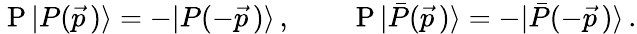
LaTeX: \mathrm{\mathbf~P}\, |P(\vec{p}\, )\rangle=-|P(-\vec{p}\, )\rangle\, ,\qquad\mathrm{\mathbf~P}\, |\bar{P}(\vec{p}\, )\rangle=-|\bar{P}(-\vec{p}\, )\rangle\, .